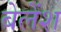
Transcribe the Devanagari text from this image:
बेलेंश